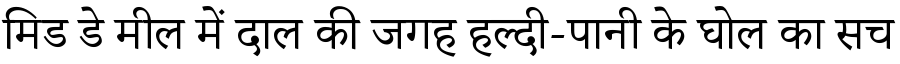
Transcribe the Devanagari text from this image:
मिड डे मील में दाल की जगह हल्दी-पानी के घोल का सच